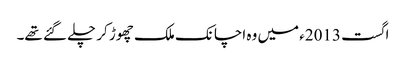
اگست 2013ء میں وہ اچانک ملک چھوڑ کر چلے گئے تھے۔